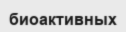
биоактивных